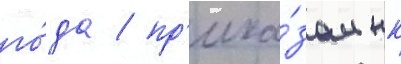
го́да / пр'ика́зом нк